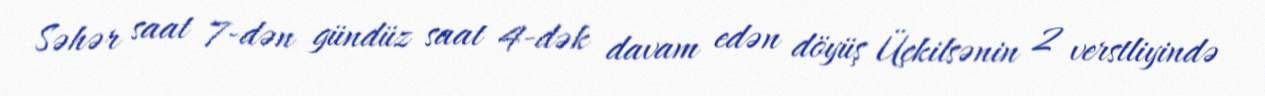
Səhər saat 7-dən gündüz saat 4-dək davam edən döyüş Üçkilsənin 2 verstliyində